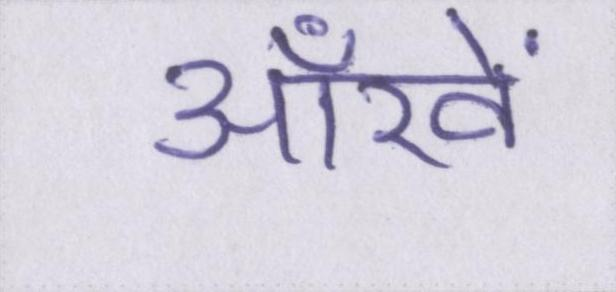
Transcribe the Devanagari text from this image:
आँखें